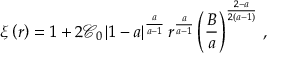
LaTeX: \xi \left( r \right) = 1 + 2 \mathcal { C } _ { 0 } \left| 1 - a \right| ^ { \frac { a } { a - 1 } } r ^ { \frac { a } { a - 1 } } \left( \frac { B } { a } \right) ^ { \frac { 2 - a } { 2 \left( a - 1 \right) } } \, ,